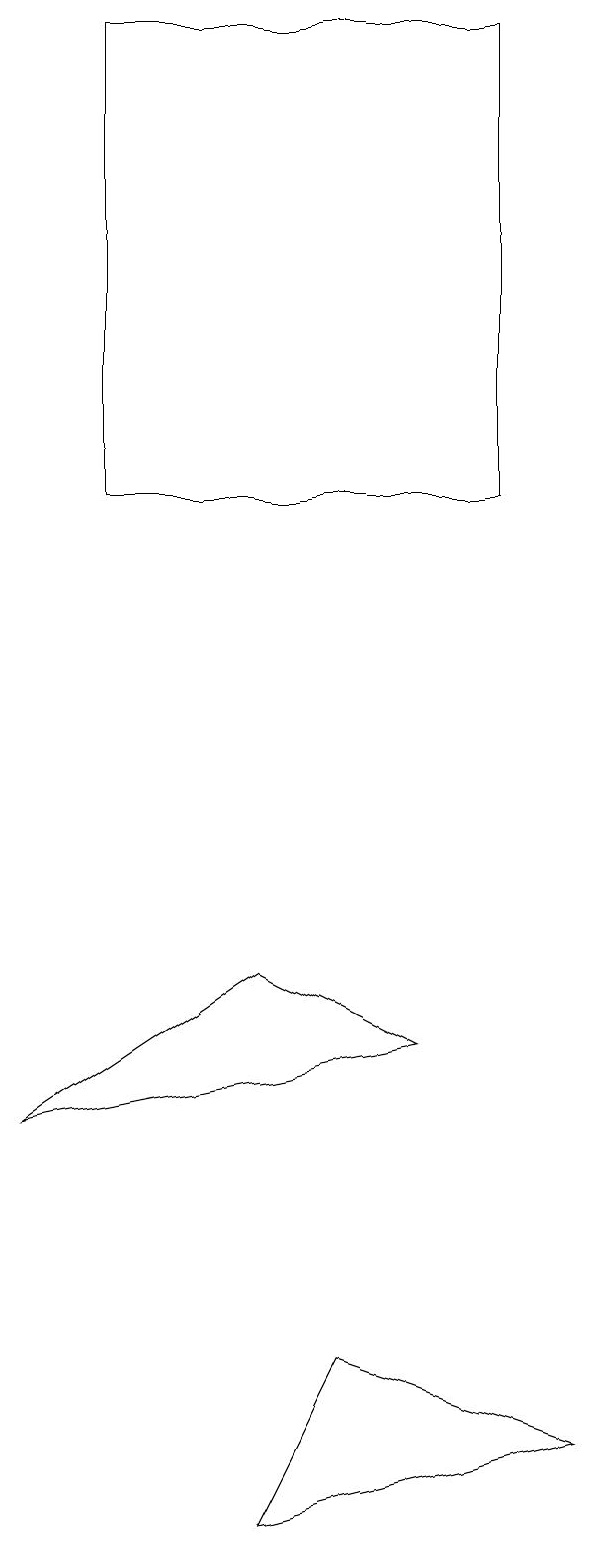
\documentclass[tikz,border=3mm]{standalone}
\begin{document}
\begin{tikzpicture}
\draw (8,13) rectangle (3,19);
\draw (9,1) -- (6,2) -- (5,0) -- cycle;
\draw (7,6) -- (5,7) -- (2,5) -- cycle;
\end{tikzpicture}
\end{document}